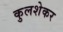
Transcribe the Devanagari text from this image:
कुलशेकर